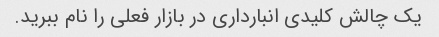
یک چالش کلیدی انبارداری در بازار فعلی را نام ببرید.